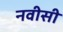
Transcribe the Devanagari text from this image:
नवीसी